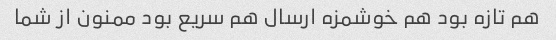
هم تازه بود هم خوشمزه ارسال هم سریع بود ممنون از شما